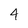
Character: 4